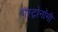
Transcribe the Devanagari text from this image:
गैस्ट्रोनॉमी